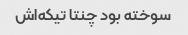
سوخته بود چنتا تیکه‌اش